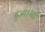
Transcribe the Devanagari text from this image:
हुआ।मई